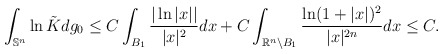
\begin{align*}\int_{\mathbb{S}^n}\ln \tilde{K}dg_0\leq C\int_{B_1}\frac{ |\ln |x||}{|x|^{2}}dx+C\int_{\mathbb{R}^n\backslash B_1}\frac{ \ln (1+|x|)^2}{|x|^{2n}}dx\leq C.\end{align*}